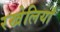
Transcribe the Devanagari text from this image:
रखेलियाँ